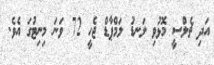
އަދި ޗެލްސީ މޮޅުވި ލަނޑު ލަމްޕާޑް ޖެހީ 72 ވަނަ މިނިޓުގަ އެވެ.